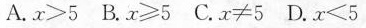
A.$$x > 5$$ B.$$x ≥ 5$$ C.$$x ≠ 5$$ D.$$x < 5$$